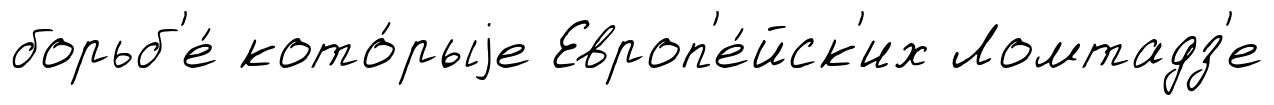
борьб'е́ кото́рыjе Европ'е́йск'их Ломтадз'е